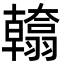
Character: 𮋙